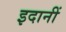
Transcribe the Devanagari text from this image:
इदानीं